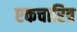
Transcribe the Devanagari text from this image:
एकचारित्र